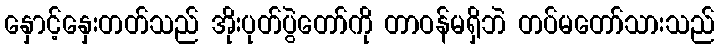
နှောင့်နှေးတတ်သည် အိုးပုတ်ပွဲတော်ကို တာဝန်မရှိဘဲ တပ်မတော်သားသည်